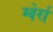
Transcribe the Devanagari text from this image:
ग्वेर्रा